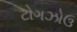
ટોગઝોઉ